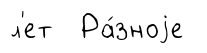
л'ет Ра́зноjе